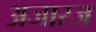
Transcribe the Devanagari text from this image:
अजारज